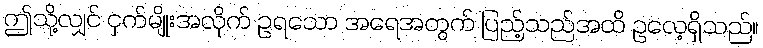
ဤသို့လျှင် ငှက်မျိုးအလိုက် ဥရသော အရေအတွက် ပြည့်သည်အထိ ဥလေ့ရှိသည်။